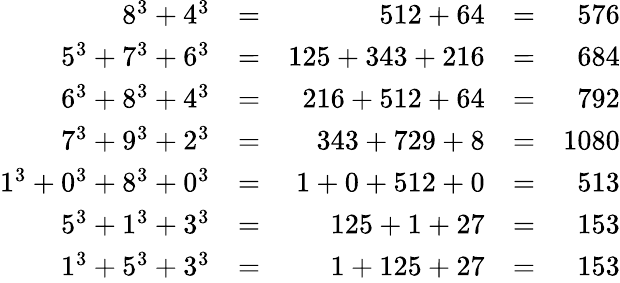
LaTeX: {\begin{array}{rlrlr}{8^{3}+4^{3}}&{=}&{512+64}&{=}&{576}\\ {5^{3}+7^{3}+6^{3}}&{=}&{125+343+216}&{=}&{684}\\ {6^{3}+8^{3}+4^{3}}&{=}&{216+512+64}&{=}&{792}\\ {7^{3}+9^{3}+2^{3}}&{=}&{343+729+8}&{=}&{1080}\\ {1^{3}+0^{3}+8^{3}+0^{3}}&{=}&{1+0+512+0}&{=}&{513}\\ {5^{3}+1^{3}+3^{3}}&{=}&{125+1+27}&{=}&{153}\\ {1^{3}+5^{3}+3^{3}}&{=}&{1+125+27}&{=}&{153}\end{array}}